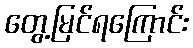
တွေ့မြင်ရကြောင်း